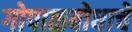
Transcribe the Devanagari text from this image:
गोपाळबोधाचे